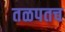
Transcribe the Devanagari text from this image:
तळपतच